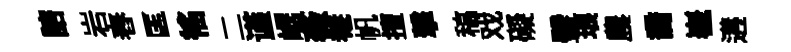
諮岩舂匡徭二谨崌薇𤲅帆擅撃稿戏礙璧琅農喬嶻遘